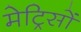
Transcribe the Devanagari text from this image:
मेट्रिसों